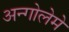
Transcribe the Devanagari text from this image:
अन्गोलेमे